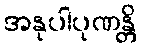
အနုပါပုဏန္တိ